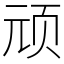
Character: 顽